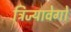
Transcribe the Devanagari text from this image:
त्रिज्यावेगों